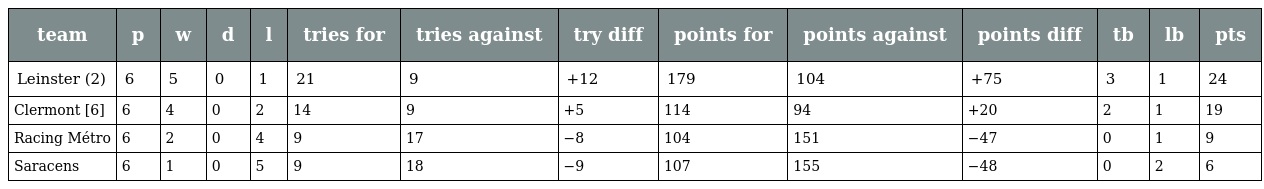
| team | p | w | d | l | tries for | tries against | try diff | points for | points against | points diff | tb | lb | pts |
 | --- | --- | --- | --- | --- | --- | --- | --- | --- | --- | --- | --- | --- | --- |
 | Leinster (2) | 6 | 5 | 0 | 1 | 21 | 9 | +12 | 179 | 104 | +75 | 3 | 1 | 24 |
 | Clermont [6] | 6 | 4 | 0 | 2 | 14 | 9 | +5 | 114 | 94 | +20 | 2 | 1 | 19 |
 | Racing Métro | 6 | 2 | 0 | 4 | 9 | 17 | −8 | 104 | 151 | −47 | 0 | 1 | 9 |
 | Saracens | 6 | 1 | 0 | 5 | 9 | 18 | −9 | 107 | 155 | −48 | 0 | 2 | 6 |